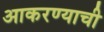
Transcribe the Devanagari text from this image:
आकरण्याची